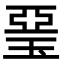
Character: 琧